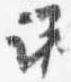
議